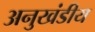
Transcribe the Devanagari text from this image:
अनुखंडीय